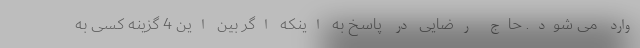
وارد می شود. حاج رضایی در پاسخ به اینکه اگر بین این 4 گزینه کسی به